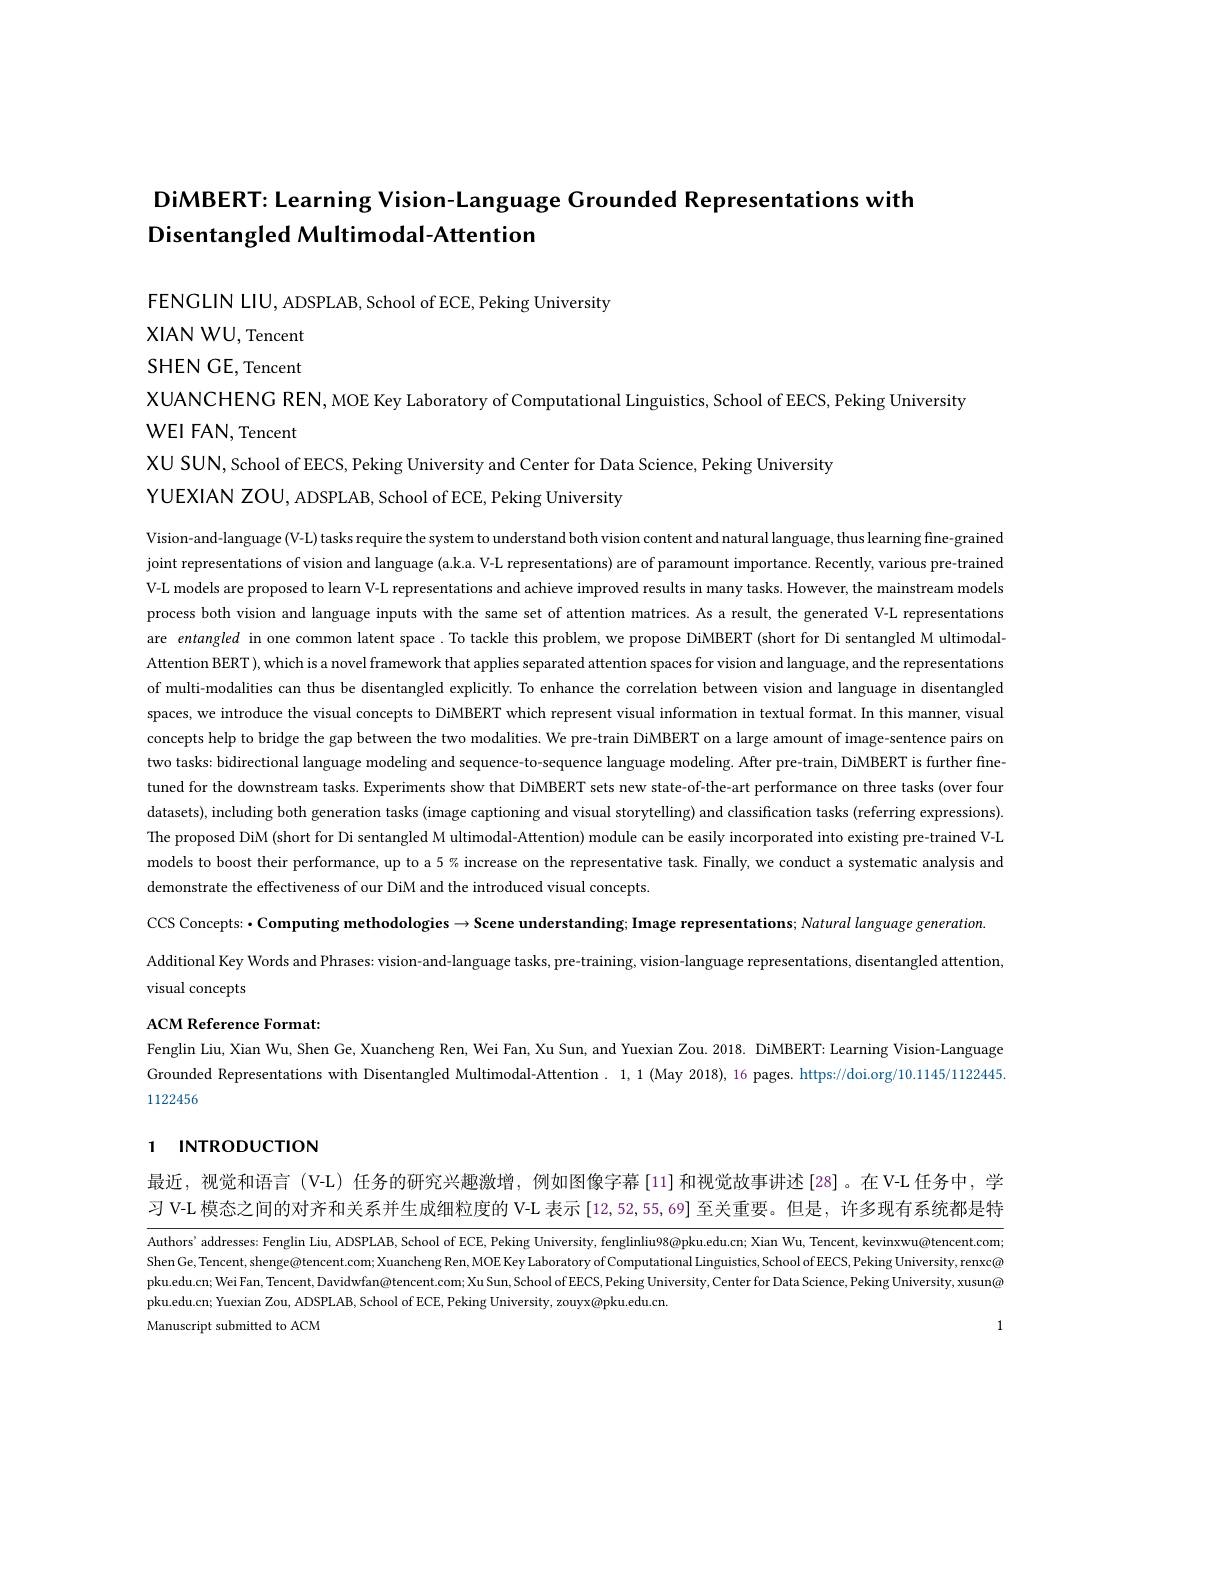
# DiMBERT: Learning Vision- Language Grounded Representations with Disentangled Multimodal-Attention

FENGLIN LIU, ADSPLAB, School of ECE, Peking University

XIAN WU, Tencent

SHEN GE, Tencent

XUANCHENG REN, MOE Key Laboratory of Computational Linguistics, School of EECS, Peking University
WEI FAN, Tencent

XU SUN, School of EECS, Peking University and Center for Data Science, Peking University
YUEXIAN ZOU, ADSPLAB, School of ECE, Peking University

Vision-and-language (V-L) tasks require the system to understand both vision content and natural language, thus learning fine-grained joint representations of vision and language (a.k.a. V-L representations) are of paramount importance. Recently, various pre-trained V-L models are proposed to learn V-L representations and achieve improved results in many tasks. However, the mainstream models process both vision and language inputs with the same set of attention matrices. As a result, the generated V-L representations are entangled in one common latent space. To tackle this problem, we propose DiMBERT (short for Di sentangled M ultimodalAttention BERT ), which is a novel framework that applies separated attention spaces for vision and language, and the representations of multi-modalities can thus be disentangled explicitly. To enhance the correlation between vision and language in disentangled spaces, we introduce the visual concepts to DiMBERT which represent visual information in textual format. In this manner, visual concepts help to bridge the gap between the two modalities. We pre-train DiMBERT on a large amount of image-sentence pairs on two tasks: bidirectional language modeling and sequence-to-sequence language modeling. After pre-train, DiMBERT is further finetuned for the downstream tasks. Experiments show that DiMBERT sets new state-of-the-art performance on three tasks (over four datasets), including both generation tasks (image captioning and visual storytelling) and classification tasks (referring expressions). The proposed DiM (short for Di sentangled M ultimodal-Attention) module can be easily incorporated into existing pre-trained V-L models to boost their performance, up to a 5% increase on the representative task. Finally, we conduct a systematic analysis and demonstrate the effectiveness of our DiM and the introduced visual concepts

CCS Concepts: ·Computing methodologies $\to$Scene understanding; Image representations; Natural language generation.

Additional Key Words and Phrases: vision-and-language tasks, pre-training, vision-language representations, disentangled attention,
visual concepts

ACM Reference Format:
Fenglin Liu, Xian Wu, Shen Ge, Xuancheng Ren, Wei Fan, Xu Sun, and Yuexian Zou. 2018. DiMBERT: Learning Vision-Language Grounded Representations with Disentangled Multimodal-Attention. 1,1 (May 2018), 16 pages. https;//doi.org/10.1145/11224451122456

# 1 INTRODUCTION

最近，视觉和语言(V-L)任务的研究兴趣激增，例如图像字幕[11]和视觉故事讲述[28]。在V-L 任务中，学习 V-L 模态之间的对齐和关系并生成细粒度的 V-L 表示[12,52,55,69]至关重要。但是，许多现有系统都是特

Authors' addresses: Fenglin Liu, ADSPLAB, School of ECE, Peking University, fenglinliu98@pku.edu.cn; Xian Wu, Tencent, kevinxwu@tencent.com Shen Ge, Tencent, shenge@tencent.com; Xuancheng Ren, MOE Key Laboratory of Computational Linguistics, School of EECS, Peking University, renxc@ pku.edu.cn; Wei Fan, Tencent, Davidwfan@tencent.com; Xu Sun, School of EECS, Peking University, Center for Data Science, Peking University, xusun@ pku.edu.cn; Yuexian Zou, ADSPLAB, School of ECE, Peking University, zouyx@pku.edu.cn.
1

Manuscript submitted to ACM